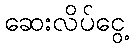
ဆေးလိပ်ငွေ့